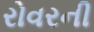
રોવરની